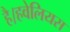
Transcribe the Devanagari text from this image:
है।हवेलियस